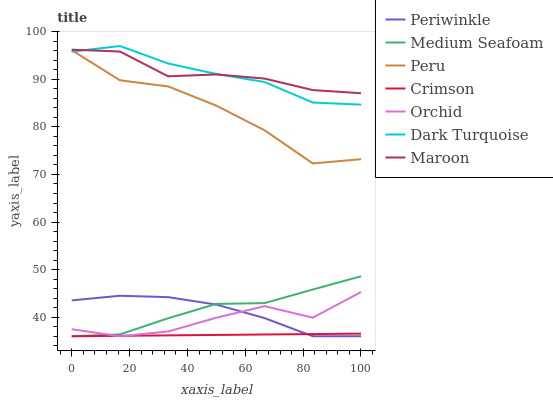
| xaxis_label | Periwinkle | Medium Seafoam | Peru | Crimson | Orchid | Dark Turquoise | Maroon |
 | --- | --- | --- | --- | --- | --- | --- | --- |
 | 0 | 43.5 | 36 | 96.1 | 36 | 37.5 | 95.8 | 96.2 |
 | 16.7 | 44.5 | 36.4 | 89.8 | 36.1 | 36 | 97 | 95.8 |
 | 33.3 | 44.2 | 39.8 | 88.5 | 36.2 | 37 | 93.3 | 90.6 |
 | 50 | 42.7 | 42.8 | 84.5 | 36.3 | 39.9 | 91.1 | 91 |
 | 66.7 | 39.8 | 43 | 79.3 | 36.4 | 42.3 | 89.4 | 90.2 |
 | 83.3 | 36 | 45.8 | 72.3 | 36.5 | 39.9 | 85.1 | 87.7 |
 | 100 | 36 | 48.6 | 73.2 | 36.6 | 45.3 | 84.7 | 87.1 |